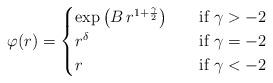
LaTeX: \begin{align*}\varphi(r)=\begin{cases}\exp\big(B\,r^{1+\frac{\gamma}{2}}\big) &\quad\hbox{if } \gamma>-2 \\r^\delta &\quad\hbox{if } \gamma=-2 \\r &\quad\hbox{if } \gamma<-2\end{cases}\end{align*}